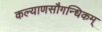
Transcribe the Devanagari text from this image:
कल्याणसौगन्धिकम्